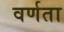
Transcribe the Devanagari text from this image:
वर्णता